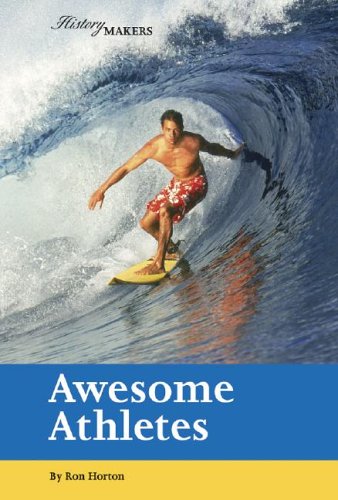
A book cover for Awesome Athletes (History Makers (Lucent)); Ron Horton; Teen & Young Adult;